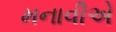
મનાવીએ